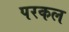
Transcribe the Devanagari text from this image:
परकल